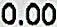
0.00